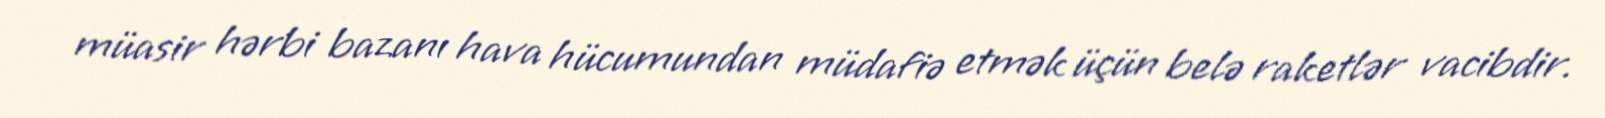
müasir hərbi bazanı hava hücumundan müdafiə etmək üçün belə raketlər vacibdir.